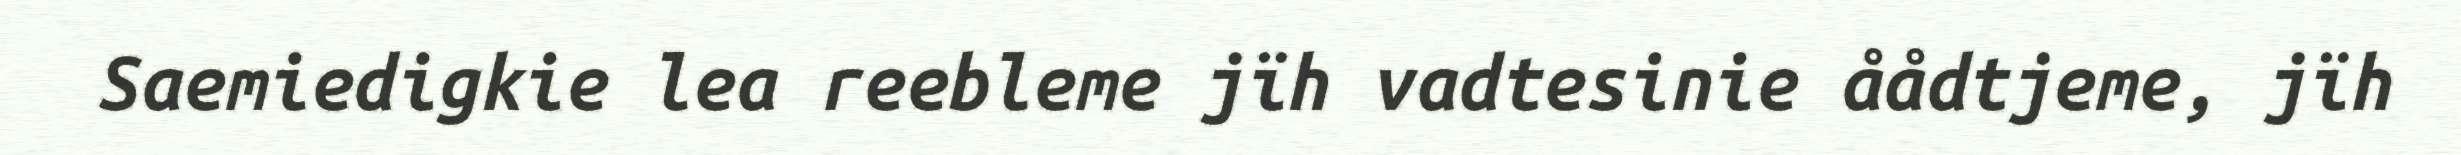
Saemiedigkie lea reebleme jïh vadtesinie åådtjeme, jïh